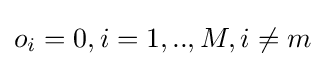
o_{i}=0,i=1,..,M,i\neq m